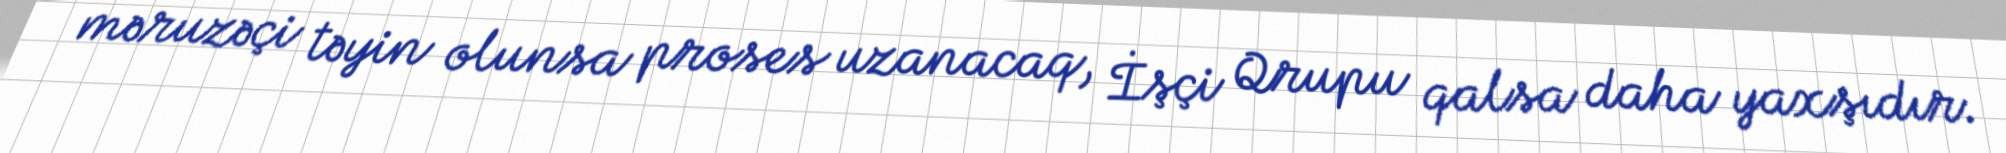
məruzəçi təyin olunsa proses uzanacaq, İşçi Qrupu qalsa daha yaxşıdır.